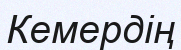
Кемердің